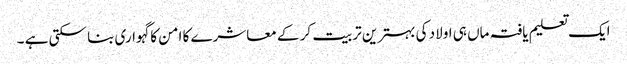
ایک تعلیم یافتہ ماں ہی اولاد کی بہترین تربیت کر کے معاشرے کا امن کا گہواری بنا سکتی ہے ۔